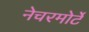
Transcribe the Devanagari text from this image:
नेचरमोर्टे